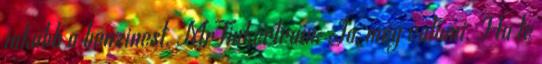
inkább a benzinest. MrTinkertrain: Ja, még valami. Ha te